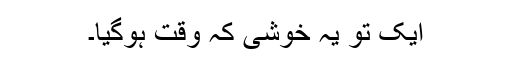
ایک تو یہ خوشی کہ وقت ہوگیا۔